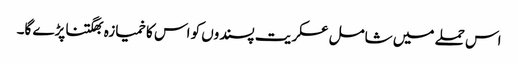
اس حملے میں شامل عسکریت پسندوں کو اس کا خمیازہ بھگتنا پڑے گا۔